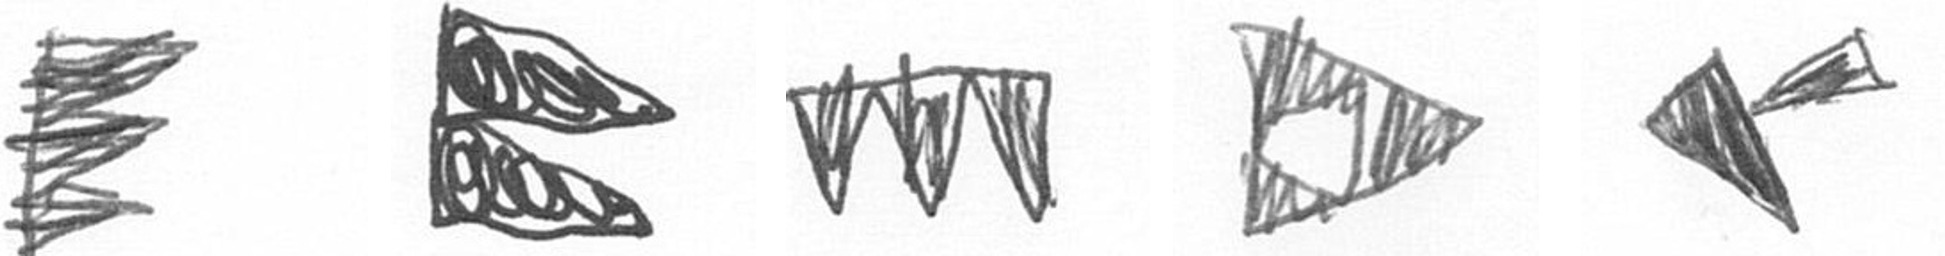
H P L K F